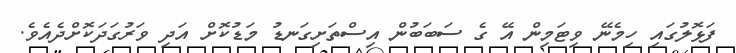
ފަޅޮލުގައި ހިމެނޭ ވިޓަމިން އޭ ގެ ސަބަބުން އިސްތަށިގަނޑު މަޑުކޮށް އަދި ވަރުގަދަކޮށްދެއެވެ.